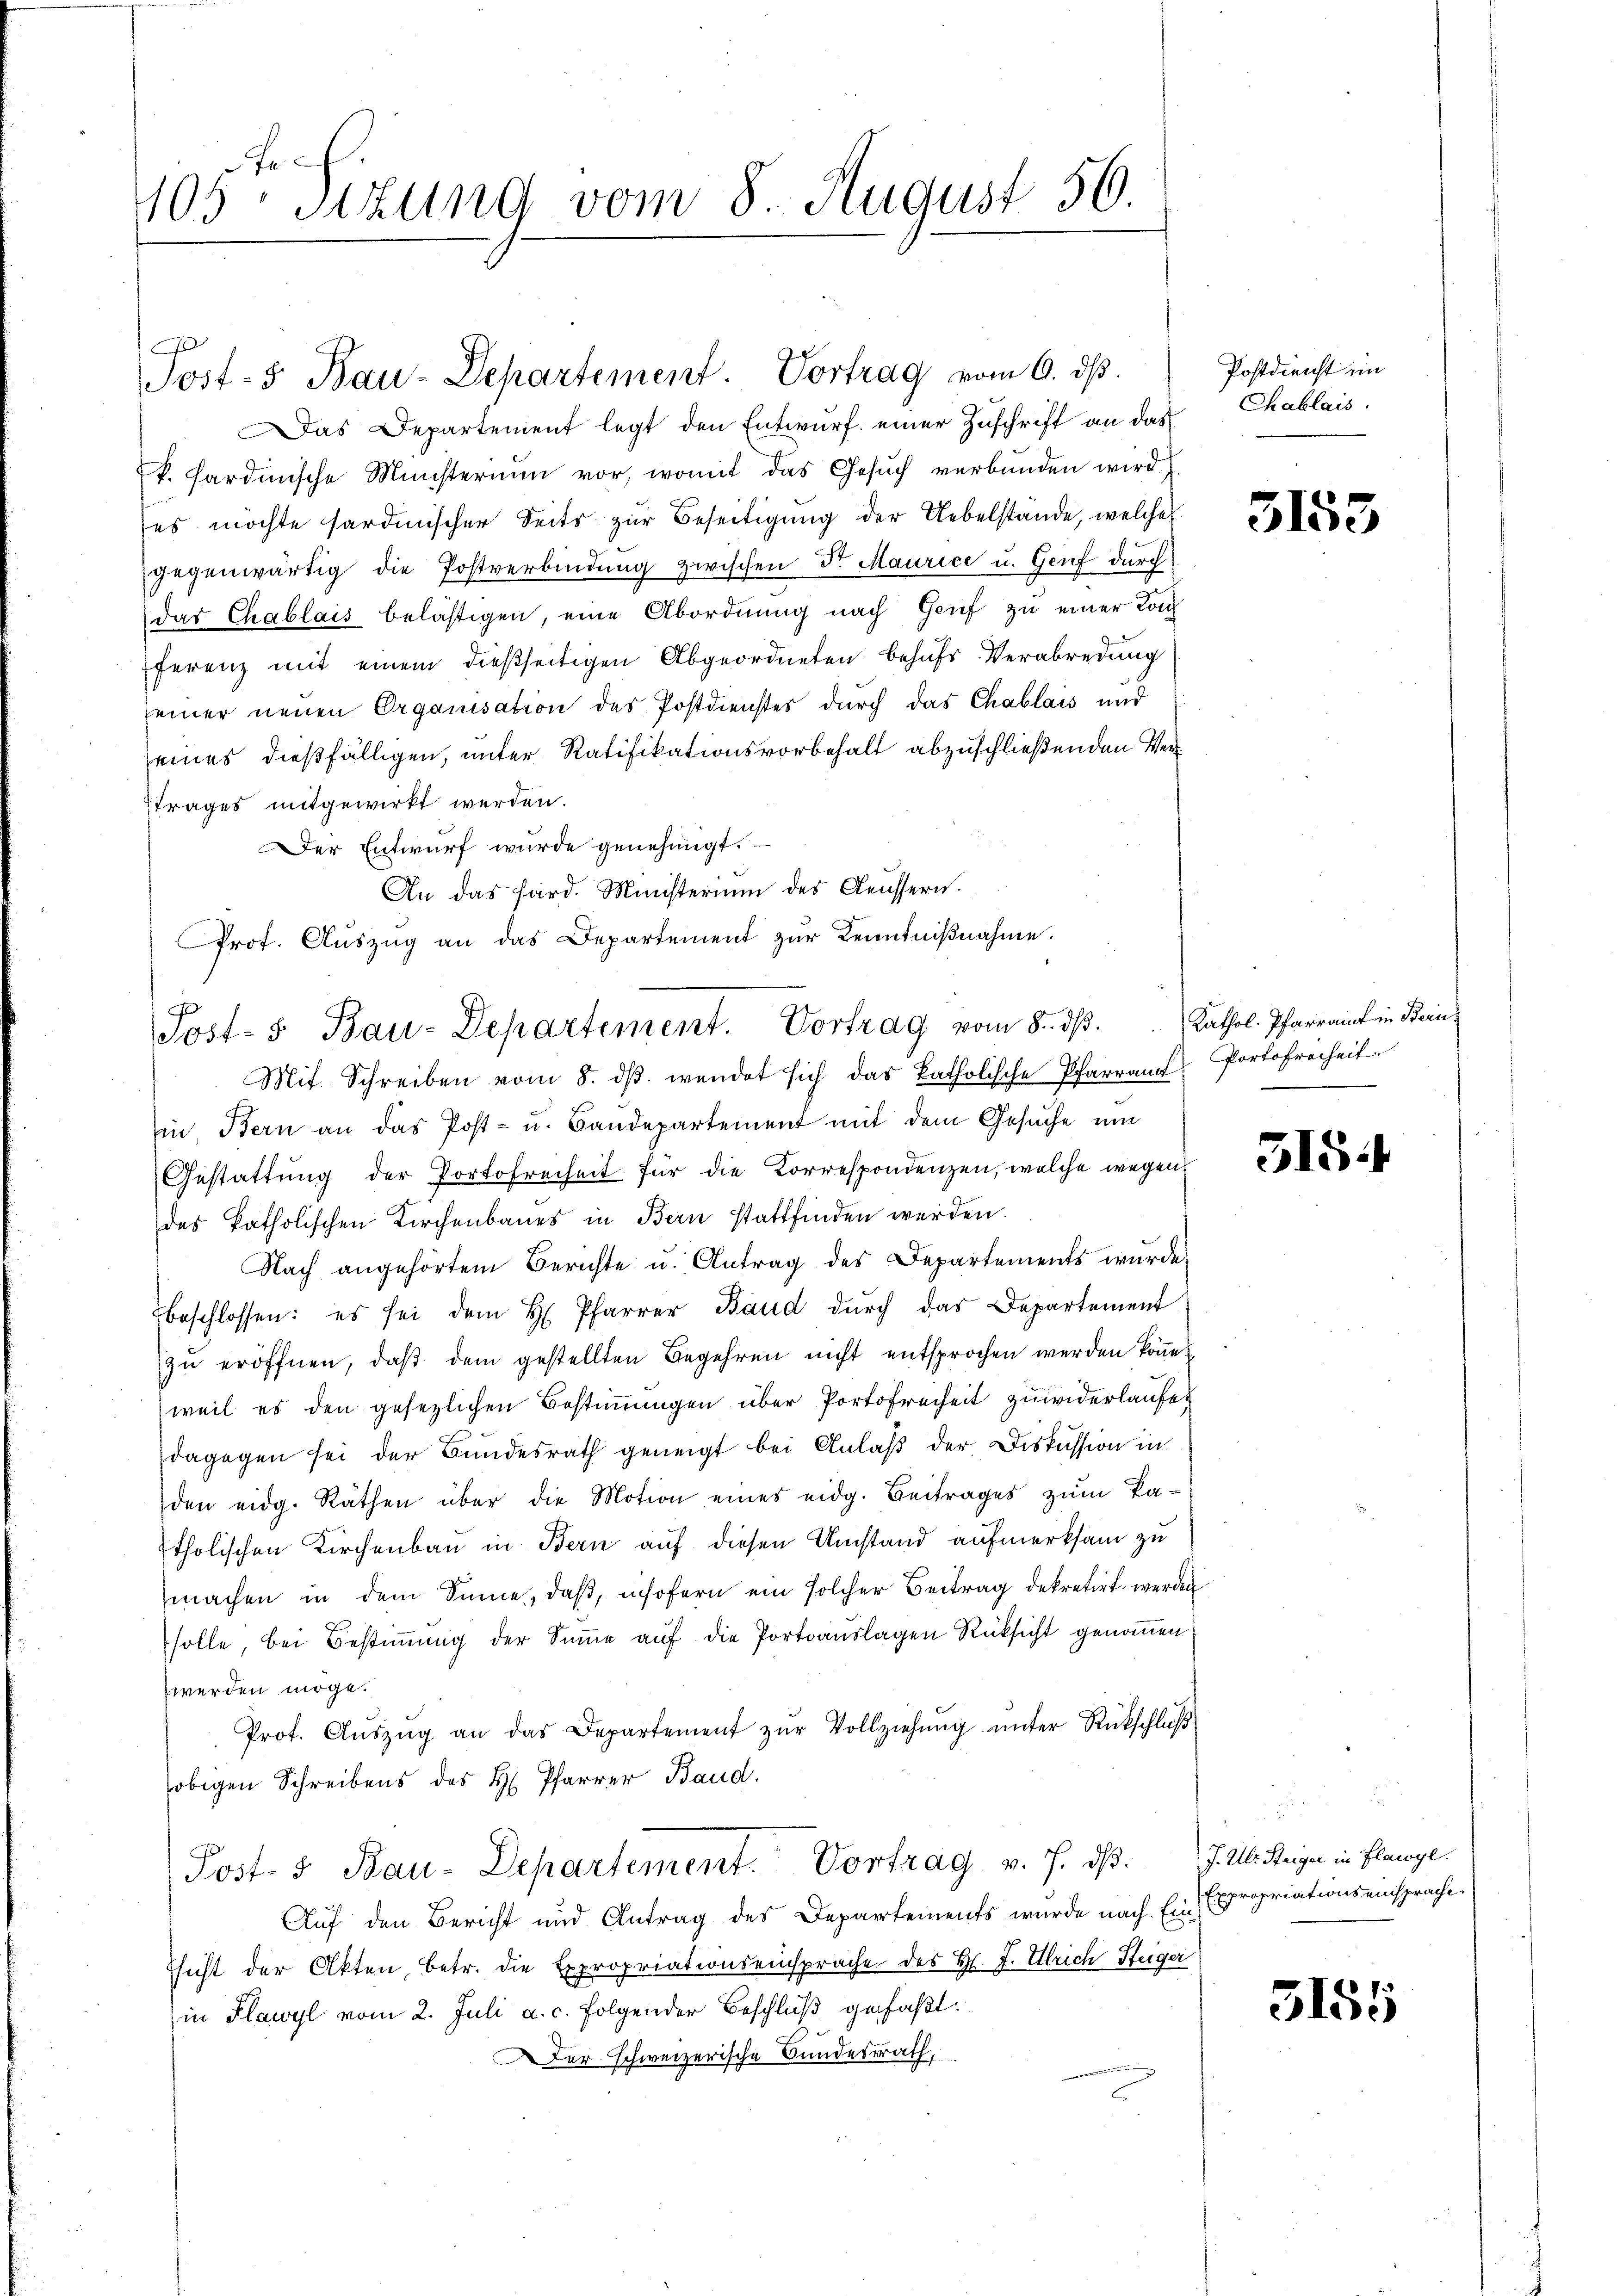
be¬
405. Sitzung vom 8. August 56.

e
Jost- & Bau-Departement. Vortrag vom 6. ds.

Das Departement legt den Entwurf einer Zuschrift an das
k. Sardinische Ministerium vor, womit das Gesuch verbunden wird
es möchte sardinischer Seits zur Beseitigung der Uebelstande, welche
gegenwärtig die Postverbindung zwischen Dr. Maurice u. Genf durch
der Chablais belästigen, eine Abordnung nach Genf zu einer Kon
ferenz mit einem dießseitigen Abgeordneten behufs Verabredung
einer neuen Organisation des Postdienstes durch das Chablais und
eines dießfälligen, unter Ratifikationsvorbehalt abzuschließenden Vertrages mitgewirkt werden.
Der Entwurf wurde genehmigt.
An das Hard. Ministerium des Aeussern.
Mit Schreiben vom 8. dβ. wendet sich das katholische Pfarramt Portofreiheit
in Bern an das Post- u. Bandepartement mit dem Gesuche um
Gestattung der Portofreiheit für die Korrespondenzen, welche wegen
des katholischen Kirchenbaues in Bern stattfinden werden.
Nach angehörtem Berichte u. Antrag des Departements wurde
beschlossen: es sei dem H. Pfarrer Baud dŭrch das Departement
zŭ eröffnen, daβ dem gestellten Begehren nicht entsprochen werden könne.
weil es den gesezlichen Bestimmungen über Portofreiheit zuwiderlaufen
dagegen sei der Bundesrath geneigt bei Anlaß der Diskussion in
den eidg. Räthen über die Motion eines eidg. Beitrages zum Ba¬
Etholischen Kirchenbau in Bern auf diesen Umstand aufmerksam zu
machen in dem Sinne, daß, insofern ein solcher Beitrag dekretirt werden
solle, bei Bestiṁŭng der Sŭṁe aŭf die Portoauslagen Rüksicht genoṁen.
werden möge.
Prot. Aŭszŭg an das Departement zŭr Vollziehŭng ŭnter Rückschlŭβ
obigen Schreibens des H. Pfarrer Baud.
Post- & Bau-Departement. Vortrag v. 7. d. J. Al. Steiger in Flawyl.
Auf den Bericht und Antrag des Departements wurde nach Ein Expropriationseinsprache
Thicht der Akten, betr. die Expropriationseinsprache des Hs. J. Ulrich Steiger
in Plawyl vom 2. Juli a. c. folgender Beschluß gefaßt.
Der Schweizerische Bundesrath,

Prot. Auszug an das Departement zur Kenntniβnahme.
Post- & Bau-Departement. Vortrag vom 8. ds. Kathol. Pfarramt in Bein¬

Postdienst im
Chablais.

3153

e

5154

3155